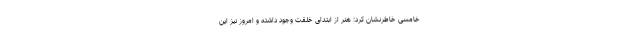
خامسی خاطرنشان کرد: هنر از ابتدای خلقت وجود داشته و امروز نیز این